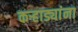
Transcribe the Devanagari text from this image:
कऱ्हाड्यांना